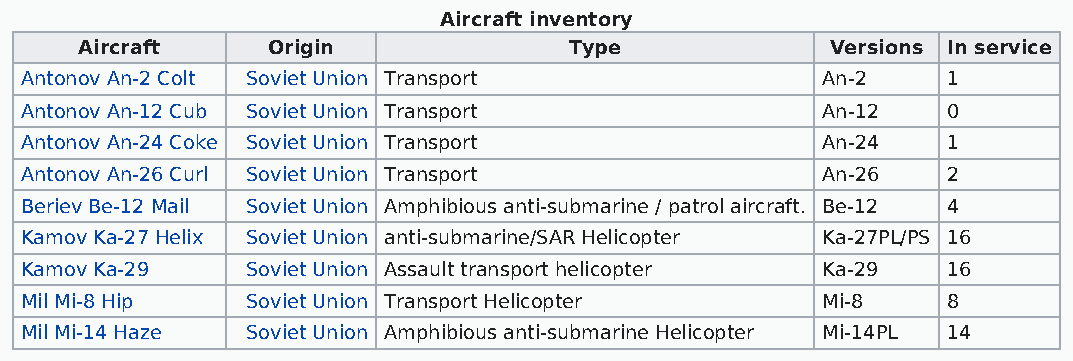
Aircraft inventory
 Aircraft     Origin              Type             Versions In service
 Antonov An-2 Colt Soviet Union Transport             An-2     1
 Antonov An-12 Cub Soviet Union Transport             An-12    0
 Antonov An-24 Coke Soviet Union Transport            An-24    1
 Antonov An-26 Curl Soviet Union Transport            An-26    2
 Beriev Be-12 Mail Soviet Union Amphibious anti-submarine / patrol aircraft. Be-12 4
 Kamov Ka-27 Helix Soviet Union anti-submarine/SAR Helicopter Ka-27PL/PS 16
 Kamov Ka-29    Soviet Union Assault transport helicopter Ka-29 16
 Mil Mi-8 Hip   Soviet Union Transport Helicopter     Mi-8     8
 Mil Mi-14 Haze Soviet Union Amphibious anti-submarine Helicopter Mi-14PL 14